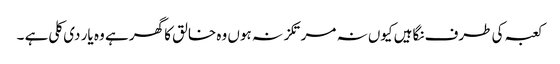
کعبہ کی طرف نگاہیں کیوں نہ مرتکز نہ ہوں وہ خالق کا گھر ہے وہ یار دی کلی ہے ۔